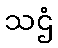
သဌံ